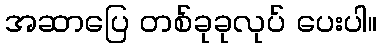
အဆာပြေ တစ်ခုခုလုပ် ပေးပါ။